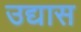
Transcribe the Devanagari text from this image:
उद्यास